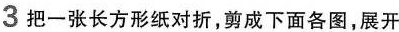
3把一张长方形纸对折，剪成下面各图，展开